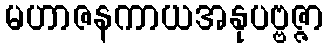
မဟာဇနကာယအနုပဗ္ဗဇ္ဇာ